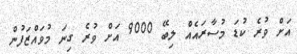
އަށް ވުރެ ކުޑަ މުސާރައެއް ލިބޭ 9000 އަށް ވުރެ ގިނަ މުވައްޒަފުން